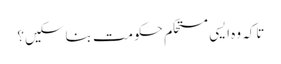
تاکہ وہ ایسی مستحکم حکومت بنا سکیں؟